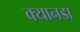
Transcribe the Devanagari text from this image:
क्यानडा